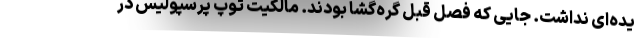
یده‌ای نداشت. جایی که فصل قبل گره‌گشا بودند. مالکیت توپ پرسپولیس در